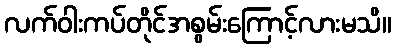
လက်ဝါးကပ်တိုင်အစွမ်းကြောင့်လားမသိ။